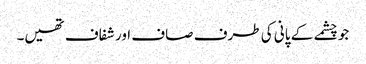
جو چشمے کے پانی کی طرف صاف اور شفاف تھیں۔